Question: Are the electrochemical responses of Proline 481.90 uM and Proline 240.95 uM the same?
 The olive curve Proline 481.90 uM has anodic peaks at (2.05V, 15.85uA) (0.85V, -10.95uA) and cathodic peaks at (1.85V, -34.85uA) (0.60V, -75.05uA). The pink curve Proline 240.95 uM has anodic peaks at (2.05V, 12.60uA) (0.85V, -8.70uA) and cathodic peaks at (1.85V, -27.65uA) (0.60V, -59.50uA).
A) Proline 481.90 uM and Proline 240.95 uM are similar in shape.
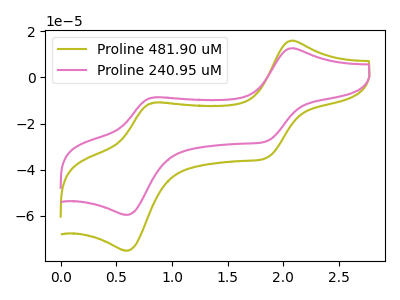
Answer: <think>All the peaks in "Proline 481.90 uM" have a peak in "Proline 240.95 uM" at the same potential.
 </think>
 <answer>A) "Proline 481.90 uM" and "Proline 240.95 uM" are similar in shape.</answer>
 <eval>A</eval>